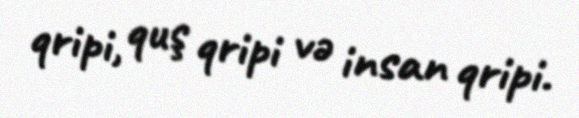
qripi, quş qripi və insan qripi.